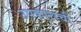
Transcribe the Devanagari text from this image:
उपकाराची